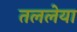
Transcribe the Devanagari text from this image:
तललेया